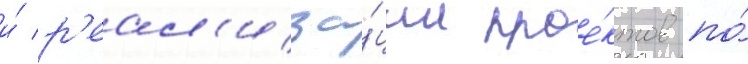
и́ р'еал'иза́ции прое́ктов по́